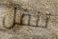
تنقل